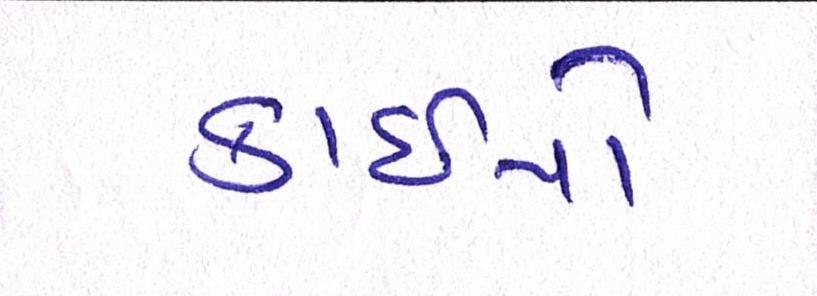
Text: કાઇપો